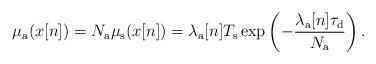
LaTeX: \begin{align*}\mu_{\rm a}(x[n])= N_{\rm a}\mu_{\rm s} (x[n])={\lambda_\mathrm{a}[n]T_{\rm s}} \exp\left(-\frac{\lambda_\mathrm{a}[n]\tau_{\rm d}}{N_{\rm a}}\right).\end{align*}